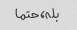
بله، حتما